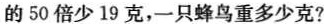
的50倍少19克，一只蜂鸟重多少克?